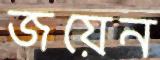
জয়েন